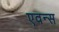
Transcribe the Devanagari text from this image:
एवन्स